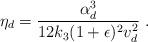
LaTeX: \begin{align*}\eta_d = \frac{\alpha_d^3}{12k_3(1+\epsilon)^2 v_d^2}~.\end{align*}